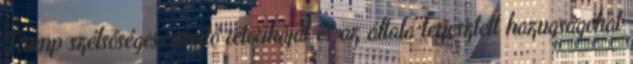
Trump szélsőséges, uszító retorikáját és az általa terjesztett hazugságokat